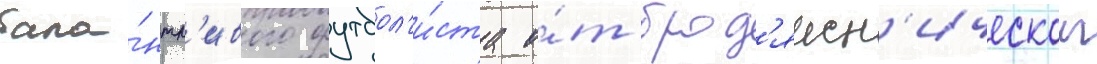
тала́нтл'ивого футбол'и́ста о́т брод'яжн'ическои